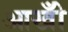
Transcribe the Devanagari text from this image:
आखोँ